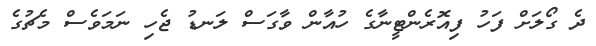
ދެ ގޯލަށް ފަހު ފިއޮރެންޓީނާގެ ހުއާން ވާގަސް ލަނޑު ޖެހި ނަމަވެސް މެޗުގެ